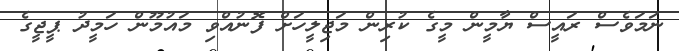
ނަަމަވެސް ރައީސް ޔާމީން މީގެ ކުރިން މަޖިލީހަށް ފޮނުއްވި މައުމޫން ހަމީދު ޕީޖީގެ